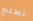
تطلع